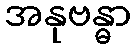
အနုဗန္ဓာ